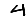
Digit: 4